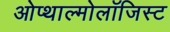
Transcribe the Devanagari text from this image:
ओप्थाल्मोलॉजिस्ट